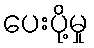
ပေးပို့မှု